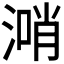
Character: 𣺰